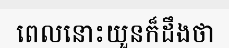
ពេលនោះយួនក៏ដឹងថា